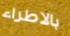
بالاطراء